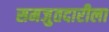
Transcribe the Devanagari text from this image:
समजुतदारीला